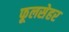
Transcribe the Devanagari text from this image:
फूलसेहर